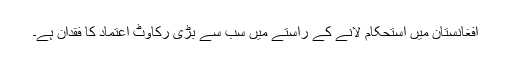
افغانستان میں استحکام لانے کے راستے میں سب سے بڑی رکاوٹ اعتماد کا فقدان ہے۔